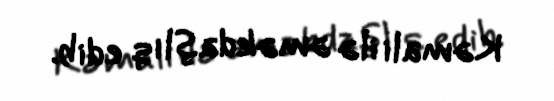
Kəmali ilə əməkdaşlıq edib.